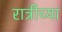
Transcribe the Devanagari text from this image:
रात्रीच्या